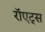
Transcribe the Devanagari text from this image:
रॉएट्स